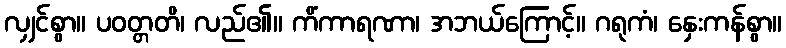
လျှင်စွာ။ ပဝတ္တတိ၊ လည်၏။ ကိံကာရဏာ၊ အဘယ်ကြောင့်။ ဂရုကံ၊ နှေးကန်စွာ။